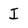
Character: I